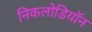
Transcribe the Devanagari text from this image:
निकलोडियॉन